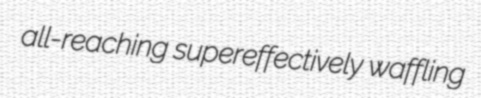
all-reaching supereffectively waffling